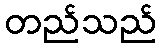
တည်သည်